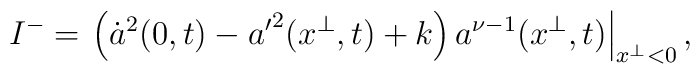
I^{-} =\left.\left(\dot{a}^2(0,t)-{a'}^2(x^\perp,t)+k\right)a^{\nu-1}(x^\perp,t)\right|_{x^\perp < 0},